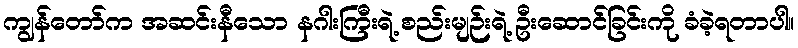
ကျွန်တော်က အဆင်းနီသော နဂါးကြီးရဲ့ စည်းမျဉ်းရဲ့ ဦးဆောင်ခြင်းကို ခံခဲ့ရတာပါ။